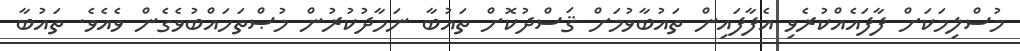
މުސްލިމަކަށް ފާފައެއްކުރެވި އެފާފައިން ތައުބާވުމަށް ޤަސްދުކޮށް ތައުބާ ނަމާދުކުރުން މުޞްތަހައްބުވެގެން ވެއެވެ. ތައުބާ